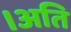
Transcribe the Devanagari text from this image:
।अति